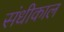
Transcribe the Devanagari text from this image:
संधीकाल